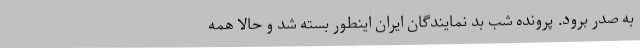
به صدر برود. پرونده شب بد نمایندگان ایران اینطور بسته شد و حالا همه